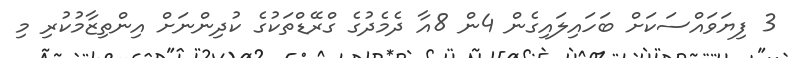
3 ފިޔަވައްސަކަށް ބަހައިލައިގެން 4ން 8އާ ދެމެދުގެ ގްރޭޑްތަކުގެ ކުދިންނަށް އިންތިޒާމުކުރި މި